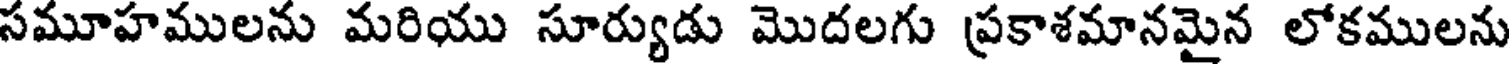
సమూహములను మరియు సూర్యుడు మొదలగు ప్రకాశమానమైన లోకములను